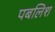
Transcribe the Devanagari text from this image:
पबलिश